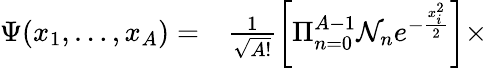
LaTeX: \begin{array}{rl}{\Psi(x_{1},\ldots,x_{A})=}&{{}\frac{1}{\sqrt{A!}}\left[\Pi_{n=0}^{A-1}\mathcal{N}_{n}e^{-\frac{x_{i}^{2}}{2}}\right]\times}\end{array}